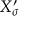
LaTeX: X _ { \sigma } ^ { \prime }